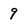
Character: 9